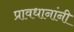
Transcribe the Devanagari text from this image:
प्रावधानांनी